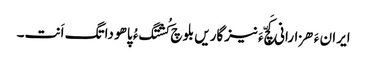
ایران ءَ ھزارانی کَچّ ءَ نیزگاریں بلوچ کُشتگ ءُ پاھو داتگ اَنت۔